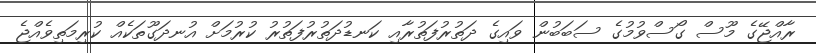
ރާއްޖޭގެ މޫސް ގޯސްވުމުގެ ސަބަބުން ވައިގެ ދަތުރުފަތުރާއި ކަނޑުދަތުރުފަތުރު ކުރުމަށް އުނދަގޫތަކެއް ކުރިމަތިވެއްޖެ